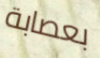
بعصابة